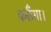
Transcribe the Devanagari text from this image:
कर्रूँगा।